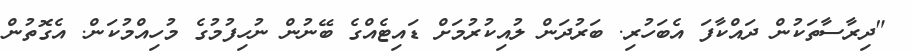
"ދިރާސާތަކުން ދައްކާފަ އެބަހުރި. ބަރުދަން ލުއިކުރުމަށް ޑައިޓެއްގެ ބޭނުން ނުހިފުމުގެ މުހިއްމުކަން. އެގޮތުން